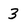
Character: 3